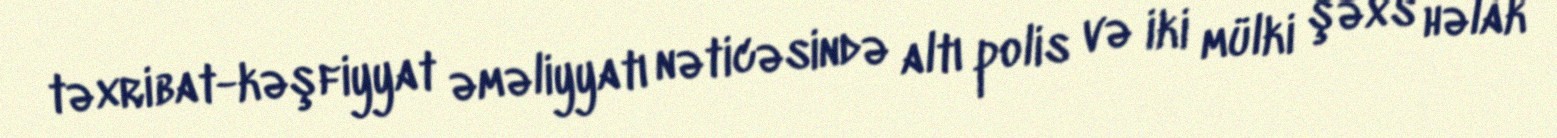
təxribat-kəşfiyyat əməliyyatı nəticəsində altı polis və iki mülki şəxs həlak